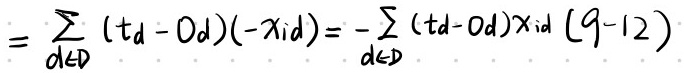
\[ = \sum_{d \in \mathcal{D}} (t_d - o_d)(-\chi_{id}) = - \sum_{d \in \mathcal{D}} (t_d - o_d)\chi_{id} \ (9 - 12) \]